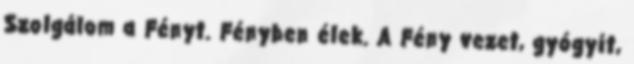
Szolgálom a Fényt. Fényben élek. A Fény vezet, gyógyít,